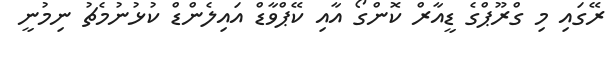
ރޭގައި މި ގްރޫޕްގެ ޑީއާރް ކޮންގޯ އާއި ކޭޕްވާޑް އައިލެންޑް ކުޅުނުމެޗު ނިމުނީ